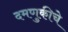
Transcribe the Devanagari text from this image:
दमणुकीचे